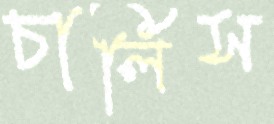
চার্লিস